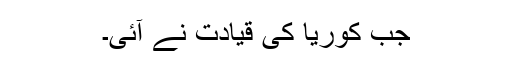
جب کوریا کی قیادت نے آئی۔